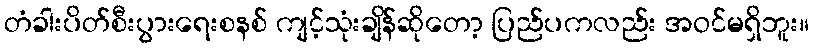
တံခါးပိတ်စီးပွားရေးစနစ် ကျင့်သုံးချိန်ဆိုတော့ ပြည်ပကလည်း အဝင်မရှိဘူး။